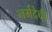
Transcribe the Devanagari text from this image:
नर्मदेची